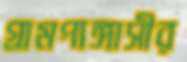
গ্রামপাঙ্গাসীর